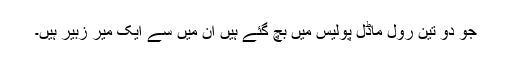
جو دو تین رول ماڈل پولیس میں بچ گئے ہیں ان میں سے ایک میر زبیر ہیں۔